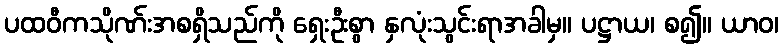
ပထဝီကသိုဏ်းအစရှိသည်ကို ရှေးဦးစွာ နှလုံးသွင်းရာအခါမှ။ ပဋ္ဌာယ၊ စ၍။ ယာဝ၊